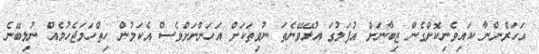
އަހަރެންނާ ކައިވެނިކޮށްގެން ޒިބާނަށް އުފަލުގަ އުޅޭވޭނެތަ ނުވިތަކަށް އަހަންނަށްވެސް އެކަމުން ހިތްހަމަޖެހުމެއް ނުލިބޭނެ